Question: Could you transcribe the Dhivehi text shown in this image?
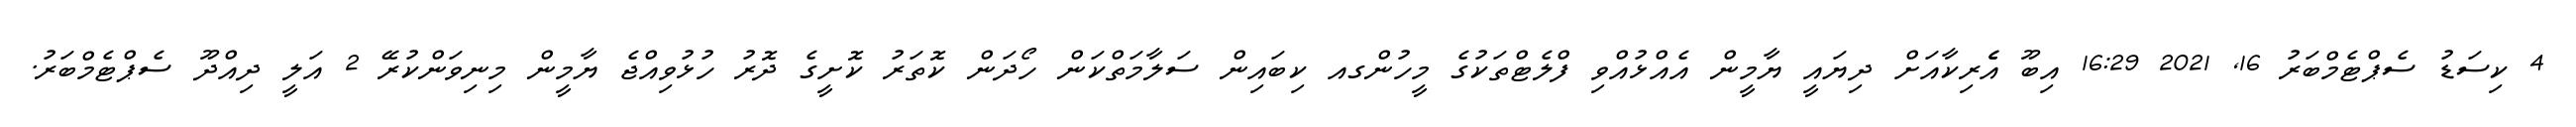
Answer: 4 ކިސަޑު ސެޕްޓެމްބަރު 16, 2021 16:29 އިބޫ އެެރިކާއަށް ދިޔައީ ޔާމީން އެއްޅުއްވި ފްލެޓްތަކުގެ މީހުންގއ ކިބައިން ސަލާމަތްކަން ހޯދަން ކޮތަރު ކޮށީގެ ދޮރު ހުޅުވިއްޖެ ޔާމީން މިނިވަންކުރޭ 2 އަލީ ދިއްދޫ ސެޕްޓެމްބަރު.